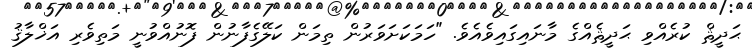
ޙަދީޘް ކުުރެއްވި ޙަދީޘެއްގެ މާނައިގައިވެއެވެ. "ހަމަކަށަވަރުން ތިމަން ކަލޭގެފާނުން ފޮނުއްވުނީ މަތިވެރި އަޚްލާޤު